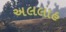
અલલાહ